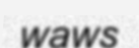
waws